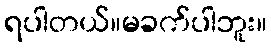
ရပါတယ်။မခက်ပါဘူး။